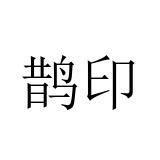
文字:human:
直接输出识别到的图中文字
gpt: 鹊印